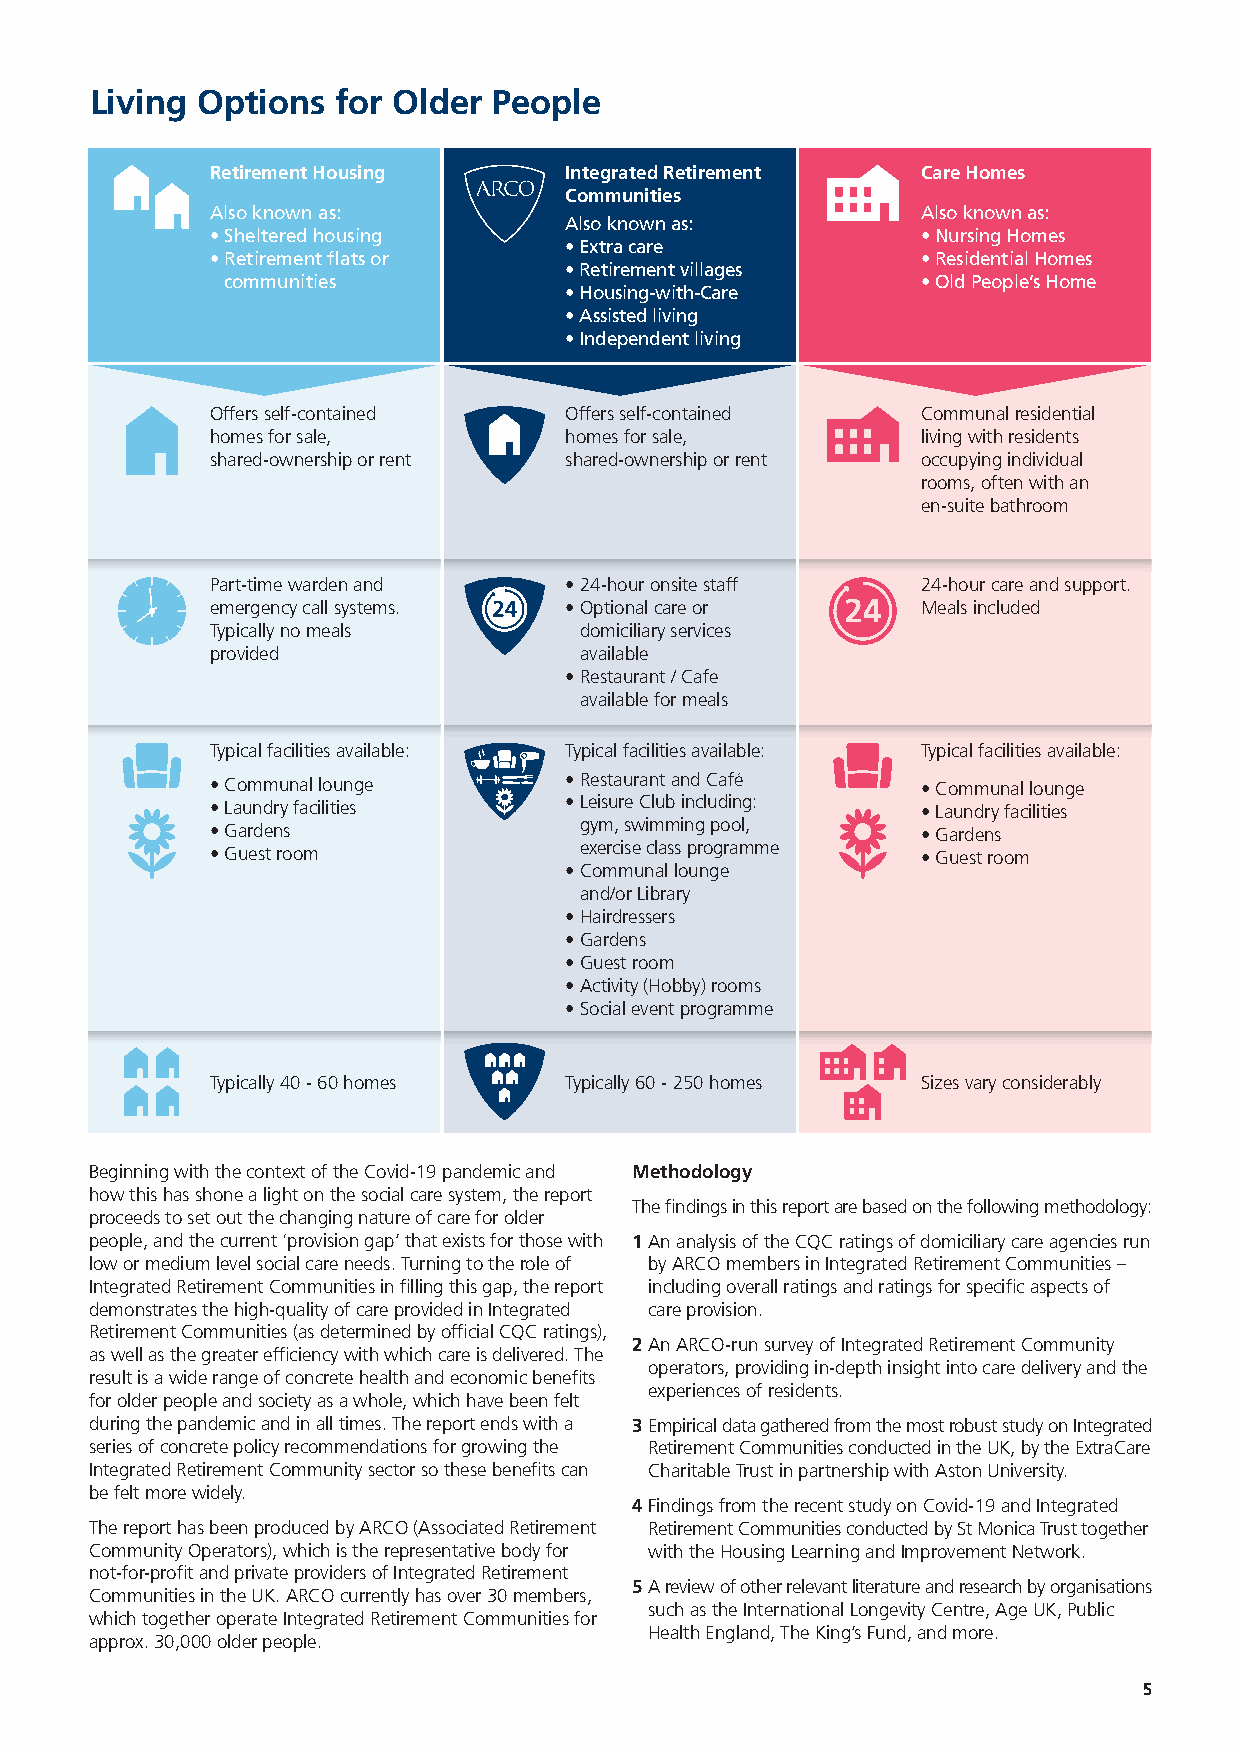
Living Options  for Older  People
 Retirement Housing     Integrated Retirement   Care Homes
 Communities
 Also known as:                                 Also known as:
 Also known as:
 • Sheltered housing                            • Nursing Homes
 • Extra care
 • Retirement flats or                          • Residential Homes
 • Retirement villages
 communities                                   • Old People’s Home
 • Housing-with-Care
 • Assisted living
 • Independent living
 Offers self-contained  Offers self-contained   Communal residential
 homes for sale,        homes for sale,         living with residents
 shared-ownership or rent shared-ownership or rent occupying individual
 rooms, often with an
 en-suite bathroom
 Part-time warden and   • 24-hour onsite staff  24-hour care and support.
 emergency call systems. • Optional care or     Meals included
 Typically no meals      domiciliary services
 provided                available
 • Restaurant / Cafe
 available for meals
 Typical facilities available: Typical facilities available: Typical facilities available:
 • Communal lounge      • Restaurant and Café   • Communal lounge
 • Laundry facilities   • Leisure Club including: • Laundry facilities
 • Gardens               gym, swimming pool,    • Gardens
 • Guest room            exercise class programme • Guest room
 • Communal lounge
 and/or Library
 • Hairdressers
 • Gardens
 • Guest room
 • Activity (Hobby) rooms
 • Social event programme
 Typically 40 - 60 homes Typically 60 - 250 homes Sizes vary considerably
 Beginning with the context of the Covid-19 pandemic and Methodology
 how this has shone a light on the social care system, the report
 The findings in this report are based on the following methodology:
 proceeds to set out the changing nature of care for older
 people, and the current ‘provision gap’ that exists for those with 1 An analysis of the CQC ratings of domiciliary care agencies run
 low or medium level social care needs. Turning to the role of by ARCO members in Integrated Retirement Communities –
 Integrated Retirement Communities in filling this gap, the report including overall ratings and ratings for specific aspects of
 demonstrates the high-quality of care provided in Integrated care provision.
 Retirement Communities (as determined by official CQC ratings),
 2 An ARCO-run survey of Integrated Retirement Community
 as well as the greater efficiency with which care is delivered. The
 operators, providing in-depth insight into care delivery and the
 result is a wide range of concrete health and economic benefits
 experiences of residents.
 for older people and society as a whole, which have been felt
 during the pandemic and in all times. The report ends with a 3 Empirical data gathered from the most robust study on Integrated
 series of concrete policy recommendations for growing the Retirement Communities conducted in the UK, by the ExtraCare
 Integrated Retirement Community sector so these benefits can Charitable Trust in partnership with Aston University.
 be felt more widely.
 4 Findings from the recent study on Covid-19 and Integrated
 The report has been produced by ARCO (Associated Retirement Retirement Communities conducted by St Monica Trust together
 Community Operators), which is the representative body for with the Housing Learning and Improvement Network.
 not-for-profit and private providers of Integrated Retirement
 5 A review of other relevant literature and research by organisations
 Communities in the UK. ARCO currently has over 30 members,
 such as the International Longevity Centre, Age UK, Public
 which together operate Integrated Retirement Communities for
 Health England, The King’s Fund, and more.
 approx. 30,000 older people.
 5